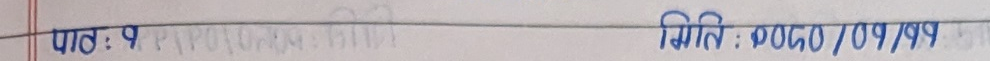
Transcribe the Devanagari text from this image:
पाठ : १ मिति : २०८०/०१/११